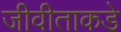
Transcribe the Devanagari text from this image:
जीवीताकडे